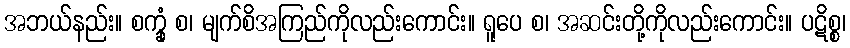
အဘယ်နည်း။ စက္ခုံ စ၊ မျက်စိအကြည်ကိုလည်းကောင်း။ ရူပေ စ၊ အဆင်းတို့ကိုလည်းကောင်း။ ပဋိစ္စ၊